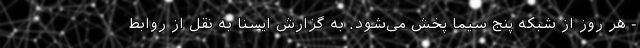
- هر روز از شبکه پنج سیما پخش می‌شود. به گزارش ایسنا به نقل از روابط